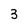
Character: 3